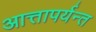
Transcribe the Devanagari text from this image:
आत्तापर्यन्त